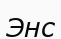
Энс